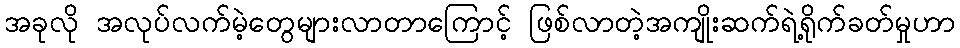
အခုလို အလုပ်လက်မဲ့တွေများလာတာကြောင့် ဖြစ်လာတဲ့အကျိုးဆက်ရဲ့ရိုက်ခတ်မှုဟာ